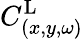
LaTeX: C_{(x,y,\omega)}^{\textrm{L}}